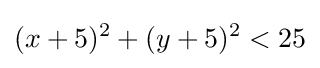
(x+5)^{2}+(y+5)^{2}<25